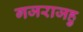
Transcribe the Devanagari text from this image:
गजराजहु